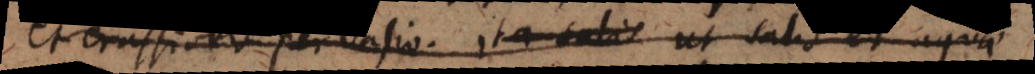
et crassioris pervasio. Ita salis Ut salis et aq